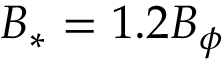
B _ { * } = 1 . 2 B _ { \phi }